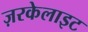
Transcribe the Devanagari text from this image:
ज़रकेलाइट